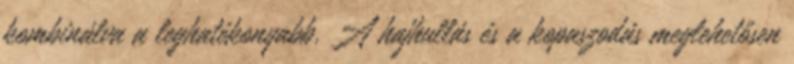
kombinálva a leghatékonyabb. A hajhullás és a kopaszodás meglehetősen